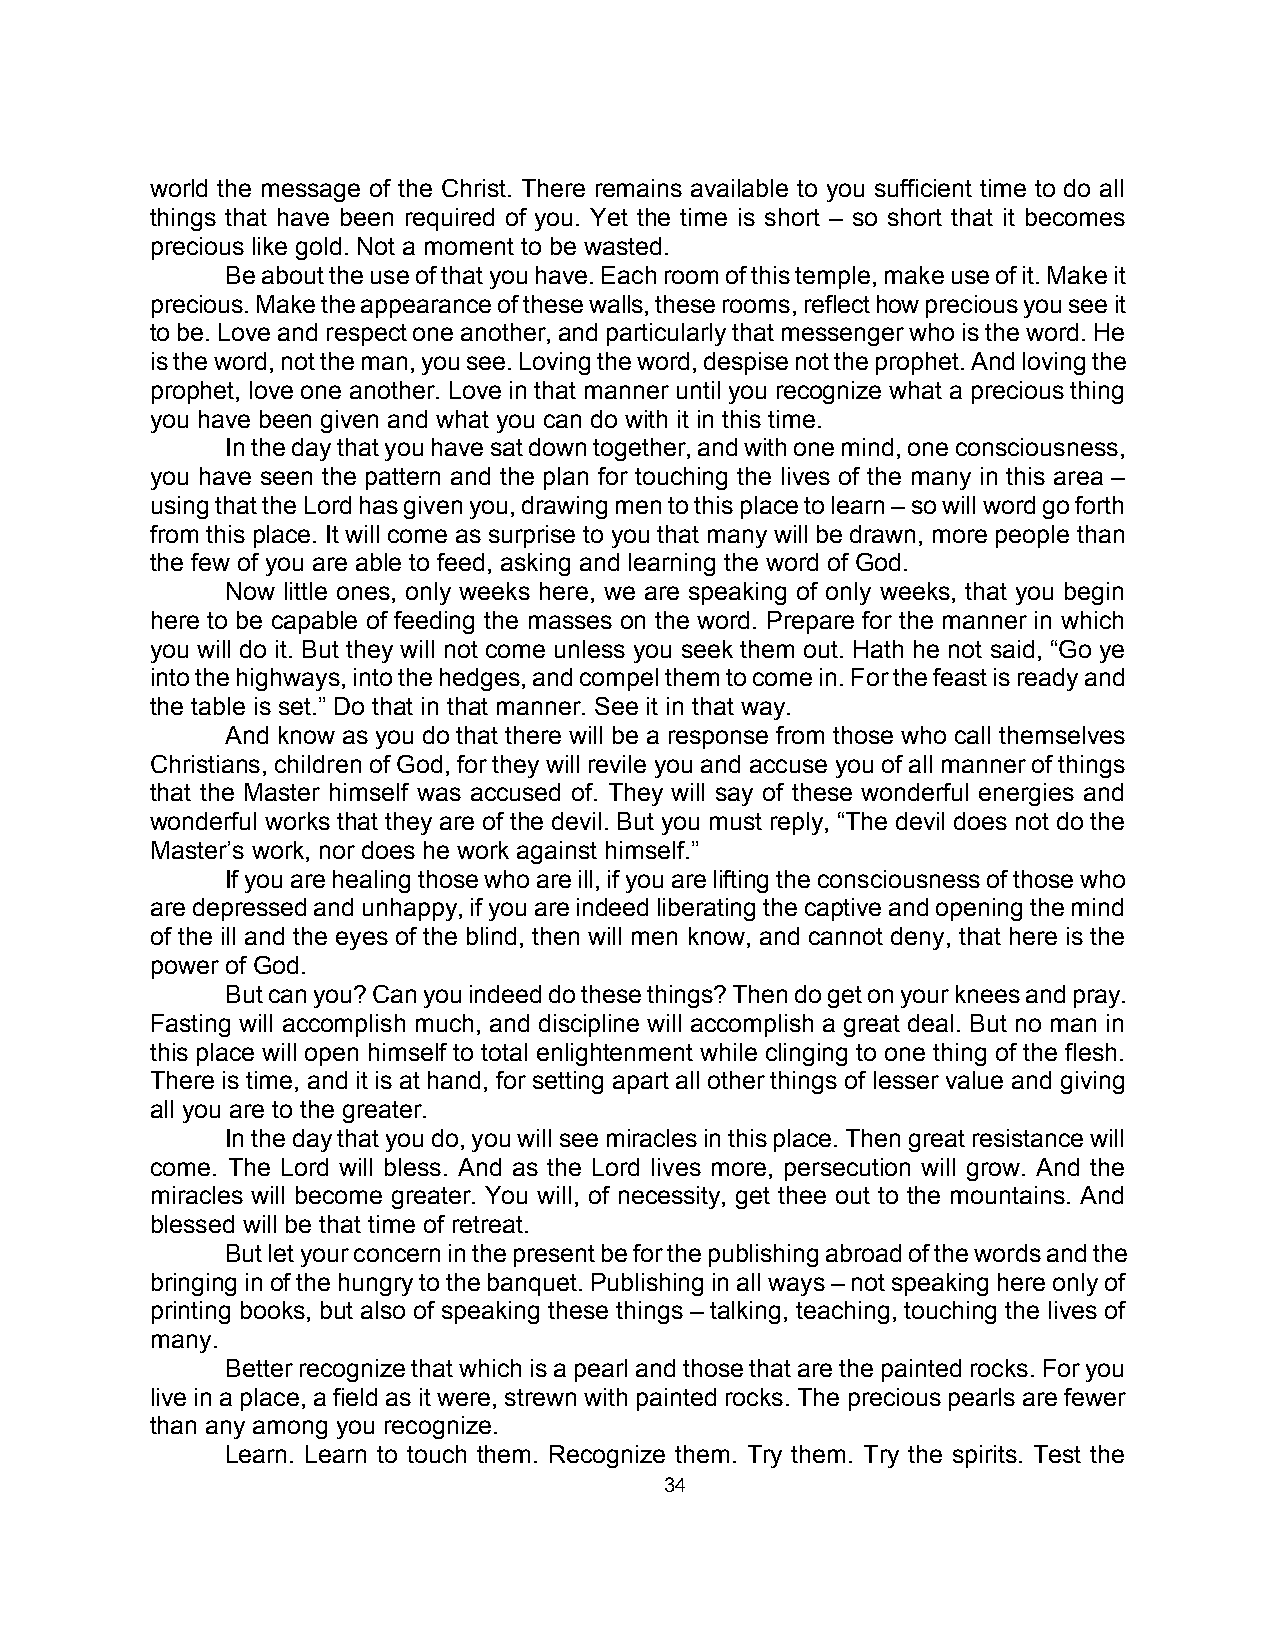
world the message of the Christ. There remains available to you sufficient time to do all
 things that have been required of you. Yet the time is short – so short that it becomes
 precious like gold. Not a moment to be wasted.
 Be about the use of that you have. Each room of this temple, make use of it. Make it
 precious. Make the appearance of these walls, these rooms, reflect how precious you see it
 to be. Love and respect one another, and particularly that messenger who is the word. He
 is the word, not the man, you see. Loving the word, despise not the prophet. And loving the
 prophet, love one another. Love in that manner until you recognize what a precious thing
 you have been given and what you can do with it in this time.
 In the day that you have sat down together, and with one mind, one consciousness,
 you have seen the pattern and the plan for touching the lives of the many in this area –
 using that the Lord has given you, drawing men to this place to learn – so will word go forth
 from this place. It will come as surprise to you that many will be drawn, more people than
 the few of you are able to feed, asking and learning the word of God.
 Now little ones, only weeks here, we are speaking of only weeks, that you begin
 here to be capable of feeding the masses on the word. Prepare for the manner in which
 you will do it. But they will not come unless you seek them out. Hath he not said, “Go ye
 into the highways, into the hedges, and compel them to come in. For the feast is ready and
 the table is set.” Do that in that manner. See it in that way.
 And know as you do that there will be a response from those who call themselves
 Christians, children of God, for they will revile you and accuse you of all manner of things
 that the Master himself was accused of. They will say of these wonderful energies and
 wonderful works that they are of the devil. But you must reply, “The devil does not do the
 Master’s work, nor does he work against himself.”
 If you are healing those who are ill, if you are lifting the consciousness of those who
 are depressed and unhappy, if you are indeed liberating the captive and opening the mind
 of the ill and the eyes of the blind, then will men know, and cannot deny, that here is the
 power of God.
 But can you? Can you indeed do these things? Then do get on your knees and pray.
 Fasting will accomplish much, and discipline will accomplish a great deal. But no man in
 this place will open himself to total enlightenment while clinging to one thing of the flesh.
 There is time, and it is at hand, for setting apart all other things of lesser value and giving
 all you are to the greater.
 In the day that you do, you will see miracles in this place. Then great resistance will
 come. The Lord will bless. And as the Lord lives more, persecution will grow. And the
 miracles will become greater. You will, of necessity, get thee out to the mountains. And
 blessed will be that time of retreat.
 But let your concern in the present be for the publishing abroad of the words and the
 bringing in of the hungry to the banquet. Publishing in all ways – not speaking here only of
 printing books, but also of speaking these things – talking, teaching, touching the lives of
 many.
 Better recognize that which is a pearl and those that are the painted rocks. For you
 live in a place, a field as it were, strewn with painted rocks. The precious pearls are fewer
 than any among you recognize.
 Learn. Learn to touch them. Recognize them. Try them. Try the spirits. Test the
 34